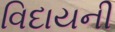
વિદાયની